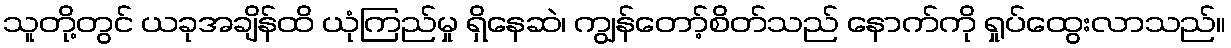
သူတို့တွင် ယခုအချိန်ထိ ယုံကြည်မှု ရှိနေဆဲ၊ ကျွန်တော့်စိတ်သည် နောက်ကို ရှုပ်ထွေးလာသည်။